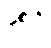
နှစ်ရှိ